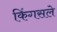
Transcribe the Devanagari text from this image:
किंगसले